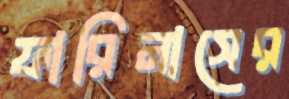
ফারিনাসের